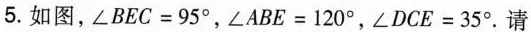
5.如图，$$∠ B E C = 9 5 °$$，$$∠ A B E = 1 2 0 °$$，$$∠ D C E = 3 5 °$$。请